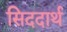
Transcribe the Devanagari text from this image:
सिददार्थ